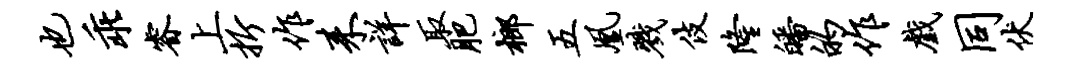
也乖睿上折作耒详取肥榔五凰戮伎隆皤的作戏同伏